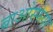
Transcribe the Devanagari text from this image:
बाओस्फेयर